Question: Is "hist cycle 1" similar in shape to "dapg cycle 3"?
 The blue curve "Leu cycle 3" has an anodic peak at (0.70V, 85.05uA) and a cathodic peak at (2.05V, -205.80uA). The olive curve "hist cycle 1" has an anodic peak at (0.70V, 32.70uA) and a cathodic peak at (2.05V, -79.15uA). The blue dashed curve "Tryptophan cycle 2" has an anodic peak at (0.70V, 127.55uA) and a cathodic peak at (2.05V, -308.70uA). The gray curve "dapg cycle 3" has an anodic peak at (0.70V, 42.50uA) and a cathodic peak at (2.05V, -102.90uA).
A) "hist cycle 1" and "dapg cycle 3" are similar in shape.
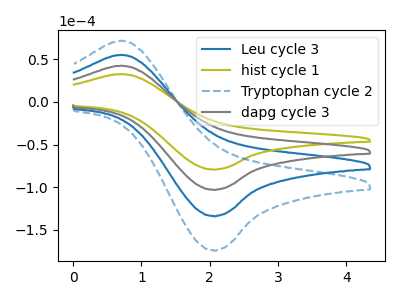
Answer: <think>All the peaks in "hist cycle 1" have a peak in "dapg cycle 3" at the same potential. Every peak in "hist cycle 1" is lower than every peak in "dapg cycle 3".
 </think>
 <answer>A) "hist cycle 1" and "dapg cycle 3" are similar in shape.</answer>
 <eval>A</eval>